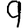
Digit: 9